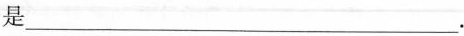
是___.